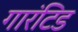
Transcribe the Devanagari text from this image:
गारंटिड